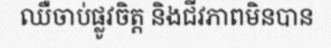
ឈឺចាប់ផ្លូវចិត្ត និងជីវភាពមិនបាន